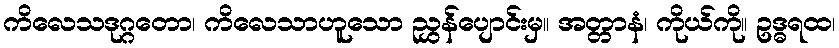
ကိလေသဒုဂ္ဂတော၊ ကိလေသာဟူသော ညွှန်ပျောင်းမှ။ အတ္တာနံ၊ ကိုယ်ကို။ ဥဒ္ဓရထ၊